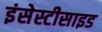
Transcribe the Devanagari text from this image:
इंसेस्टीसाइड